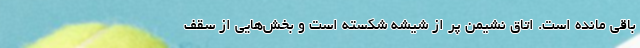
باقی مانده است. اتاق نشیمن پر از شیشه شکسته است و بخش‌هایی از سقف